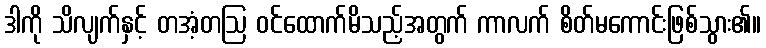
ဒါကို သိလျက်နှင့် တအံ့တဩ ဝင်ထောက်မိသည့်အတွက် ကာလက် စိတ်မကောင်းဖြစ်သွား၏။